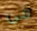
فى